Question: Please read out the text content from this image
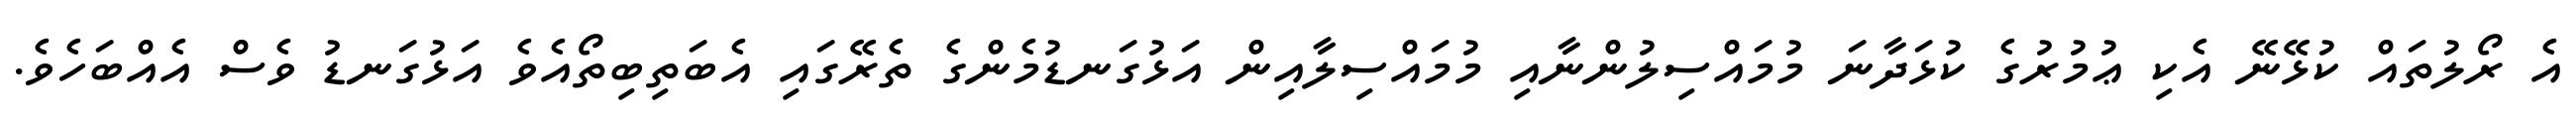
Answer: އެ ރޯލުތައް ކުޅޭނޭ އެކި ޢުމުރުގެ ކުޅަދާނަ މުމައްސިލުންނާއި މުމައްސިލާއިން އަޅުގަނޑުމެންގެ ތެރޭގައި އެބަތިބިތޯއެވެ އަޅުގަނޑު ވެސް އެއްބަހެވެ.